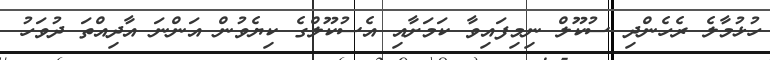
ހުޅުމާލެ ރެހެންދި ސުކޫލް ނިމިފައިވާ ކަމަށާއި އެސުކޫލްގެ ކިޔެވުން އަންނަ އާދިއްތަ ދުވަހު